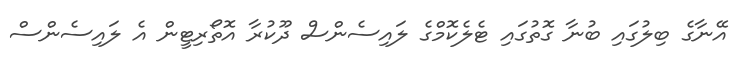
އޭނާގެ ބިލުގައި ބުނާ ގޮތުގައި ޓެލެކޮމްގެ ލައިސެންސް ދޫކުރާ އޮތޯރިޓީން އެ ލައިސެންސް